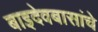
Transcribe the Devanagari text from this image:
बाइदेवबासांचे